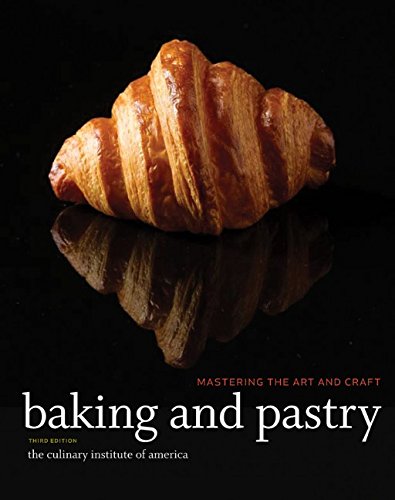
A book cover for Baking and Pastry: Mastering the Art and Craft; The Culinary Institute of America (CIA); Cookbooks, Food & Wine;